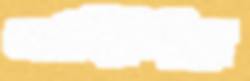
অর্থনীতিটুকু